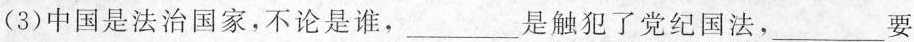
(3)中国是法治国家，不论是谁，___是触犯了党纪国法，___要